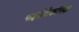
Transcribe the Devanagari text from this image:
पाइरोटेकनिक